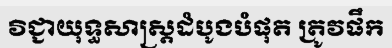
វិជ្ជាយុទ្ធសាស្ត្រដំបូងបំផុត ត្រូវផឹក